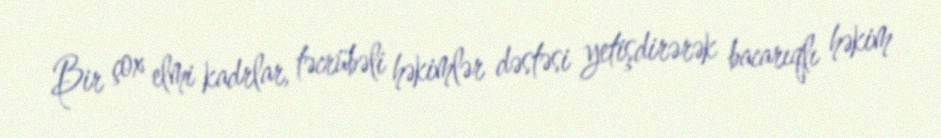
Bir çox elmi kadrlar, təcrübəli həkimlər dəstəsi yetişdirərək bacarıqlı həkim